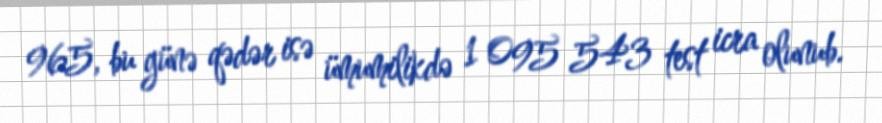
965, bu günə qədər isə ümumilikdə 1 095 543 test icra olunub.